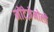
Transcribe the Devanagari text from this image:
मोंटेज़ेमोलो